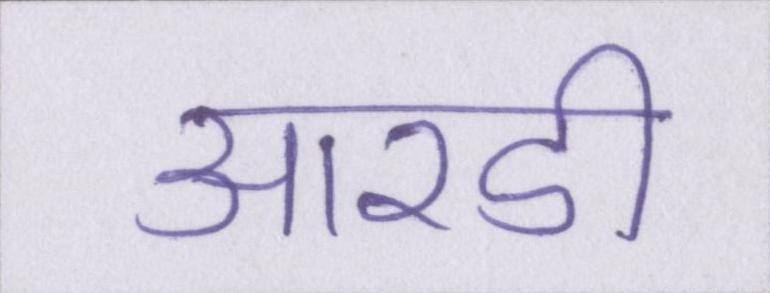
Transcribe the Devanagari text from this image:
आरडी